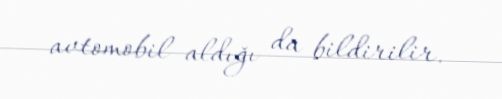
avtomobil aldığı da bildirilir.